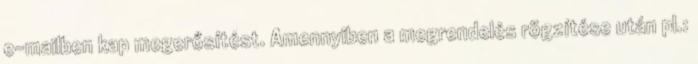
e-mailben kap megerősítést. Amennyiben a megrendelés rögzítése után pl.: